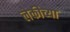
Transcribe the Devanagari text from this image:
लेकीच्या